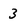
Character: 3